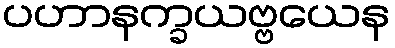
ပဟာနက္ခယဗ္ဗယေန